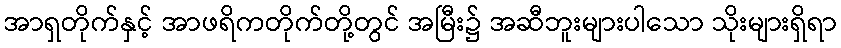
အာရှတိုက်နှင့် အာဖရိကတိုက်တို့တွင် အမြီး၌ အဆီဘူးများပါသော သိုးများရှိရာ